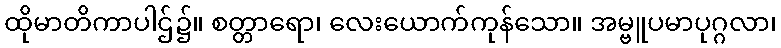
ထိုမာတိကာပါဌ်၌။ စတ္တာရော၊ လေးယောက်ကုန်သော။ အမ္ဗူပမာပုဂ္ဂလာ၊